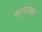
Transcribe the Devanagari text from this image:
षट्संभव